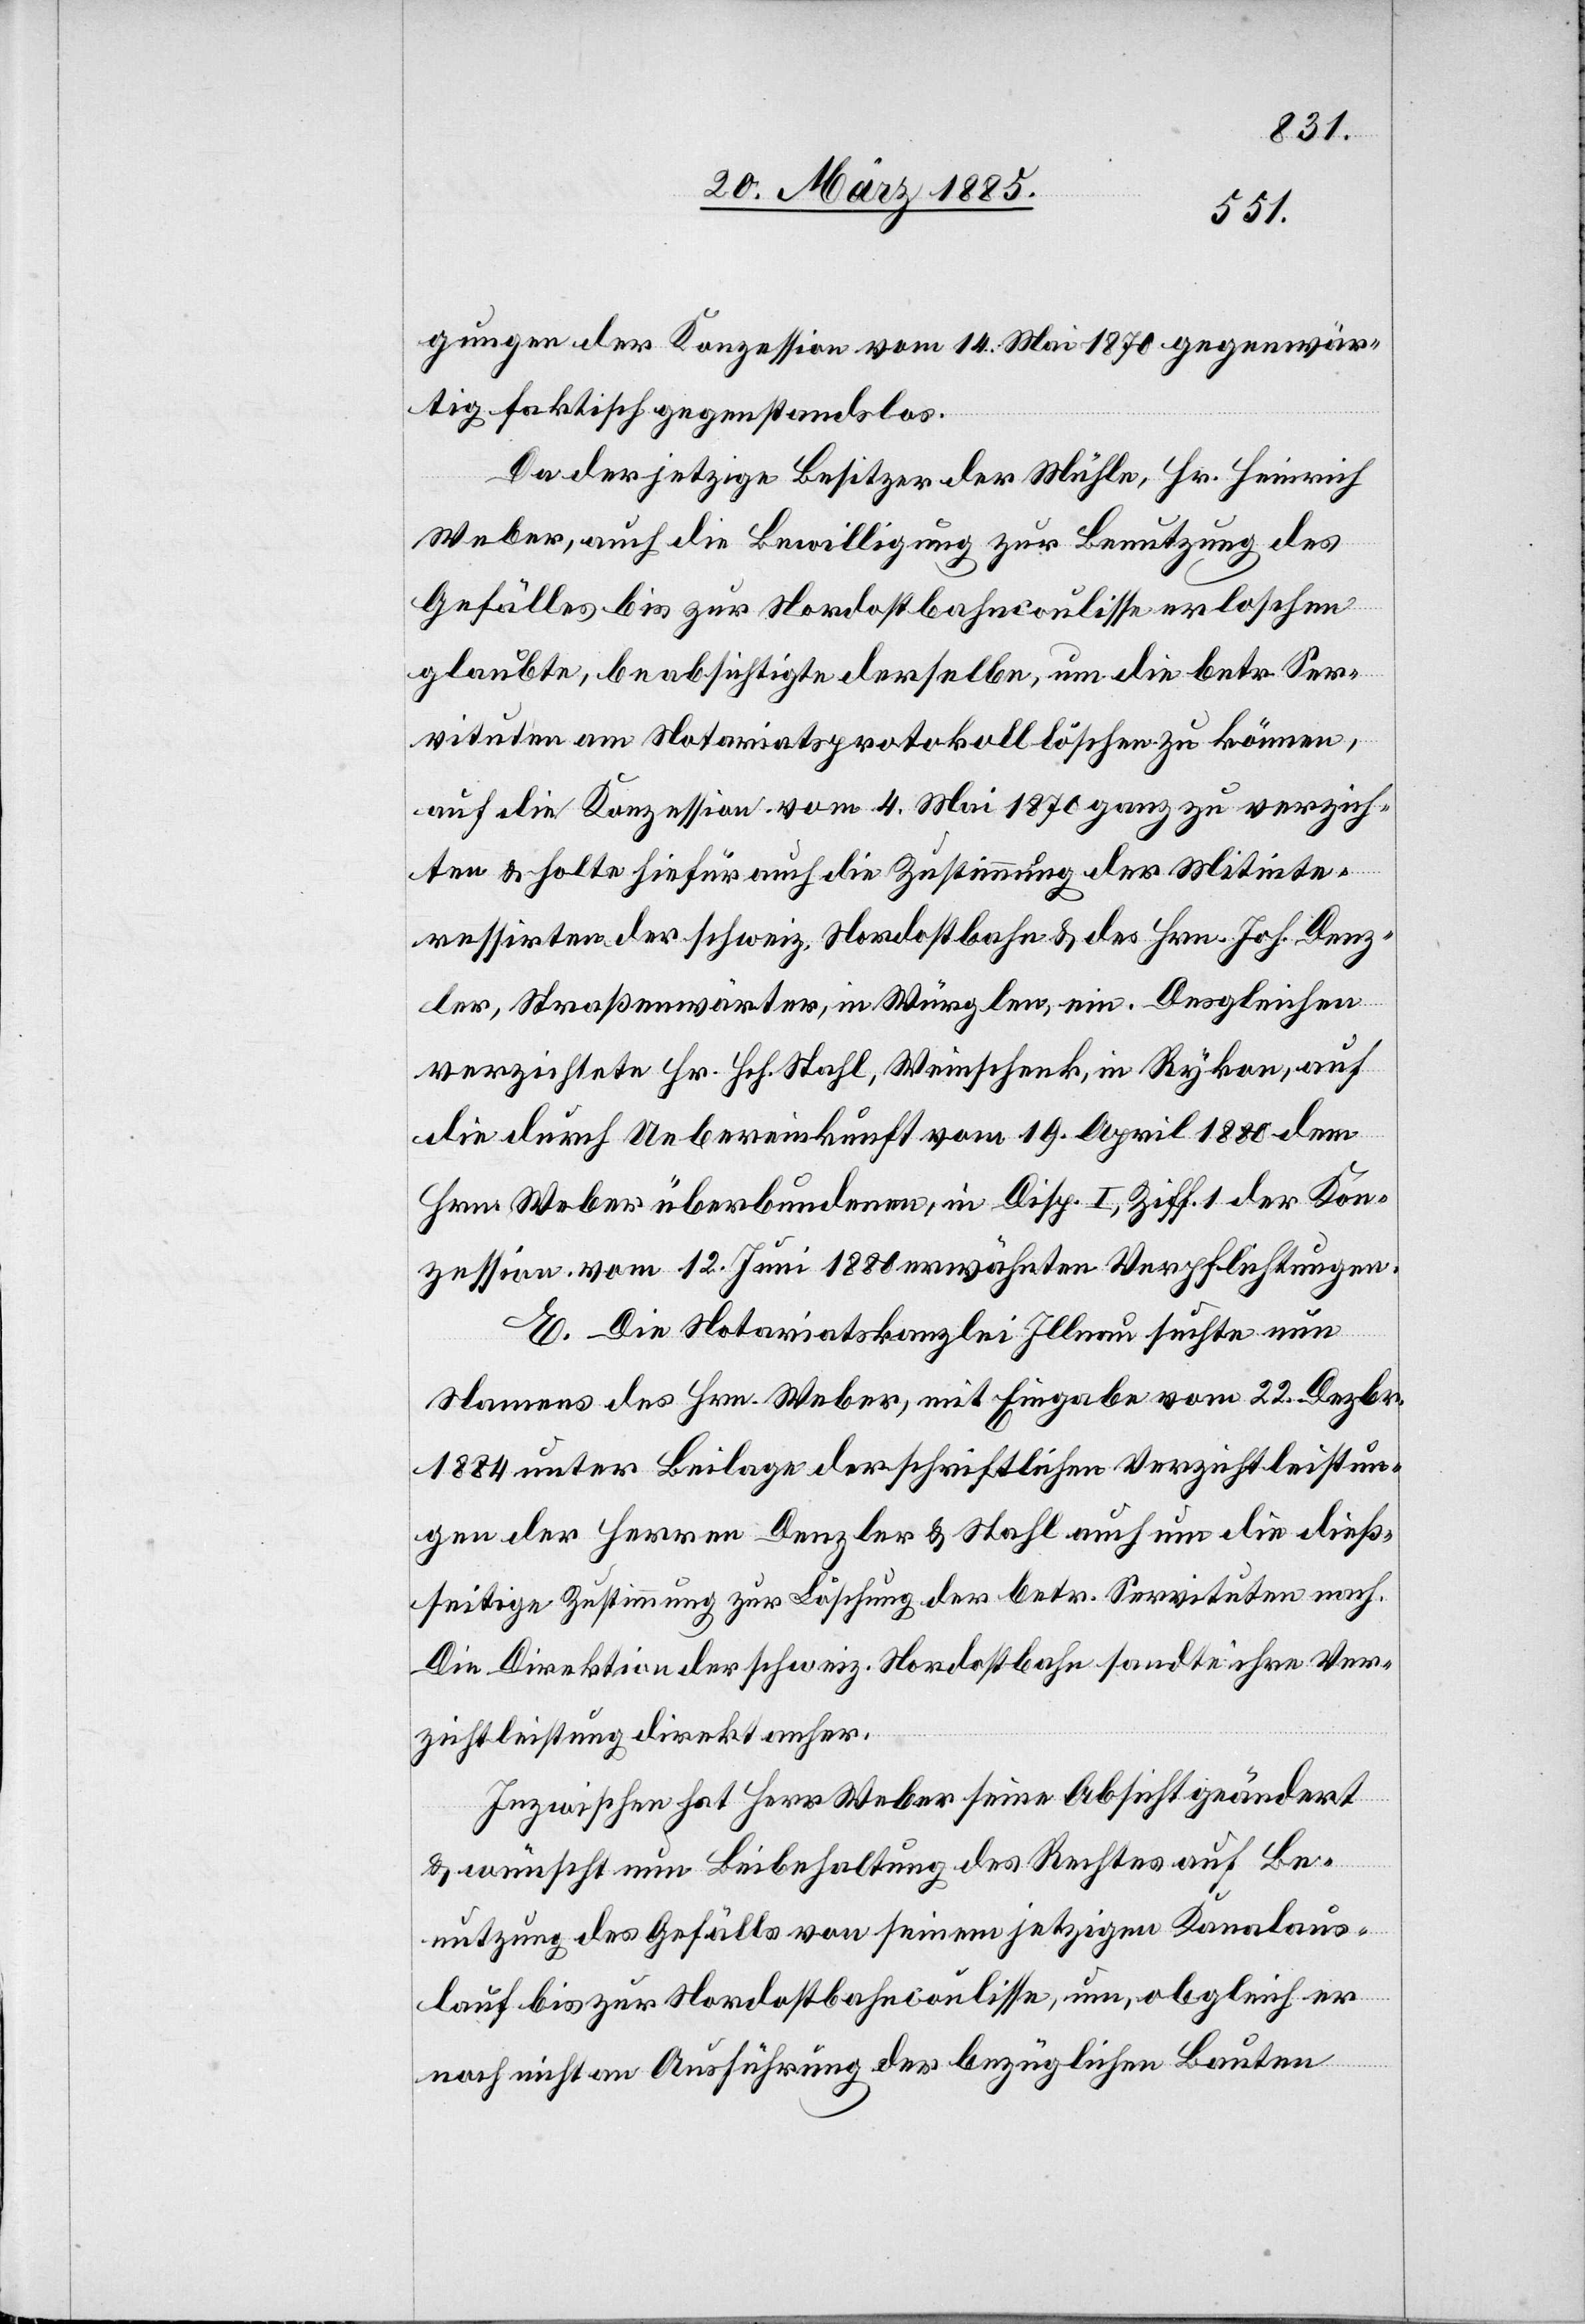
gungen der Konzession vom 14. Mai 1870 gegenwär¬
tig faktisch gegenstandslos.
Da der jetzige Besitzer der Mühle, Hr. Heinrich
Weber, auch die Bewilligung zur Benutzung des
Gefälles bis zur Nordostbahncoulisse erloschen
glaubte, beabsichtigte derselbe, um die betr. Ser¬
vituten am Notariatsprotokoll löschen zu können,
auf die Konzession vom 4. Mai 1870 ganz zu verzich¬
ten & holte hiefür auch die Zustimmung der Mitinte¬
ressierten der schweiz. Nordostbahn & des Hrn. Joh. Denz¬
ler, Straßenwärter, in Würglen, ein. Desgleichen
verzichtete Hr. Hch. Stahl, Weinschenk, in Rykon, auf
die durch Uebereinkunft vom 19. April 1880 dem
Hrn. Weber überbundenen, in Disp. I, Ziff. 1 der Kon¬
zession vom 12. Juni 1880 erwähnten Verpflichtungen.
E. Die Notariatskanzlei Illnau suchte nun
Namens des Hrn. Weber, mit Eingabe vom 22. Dezbr.
1884 unter Beilage der schriftlichen Verzichtleistun¬
gen der Herren Denzler & Stahl auch um die dieß¬
seitige Zustimmung zur Löschung der betr. Servituten nach.
Die Direktion der schweiz. Nordostbahn sandte ihre Ver¬
zichtleistung direkt anher.
Inzwischen hat Herr Weber seine Absicht geändert
& wünscht nun Beibehaltung des Rechts auf Be¬
nutzung des Gefälls von seinem jetzigen Kanalaus¬
lauf bis zur Nordostbahncoulisse, um, obgleich er
noch nicht zur Ausführung der bezüglichen Bauten